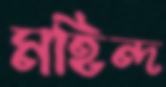
মহিন্দ